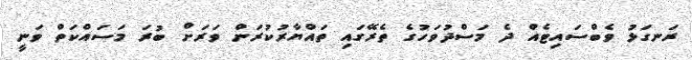
ރަނގަޅު ވެބްސައިޓެއް ދެ މަސްދުވަހުގެ ތެރޭގައި ތައްޔާރުކުރަން ވަރަށް ބުރަ މަސައްކަތް ވަނީ